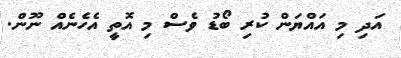
އަދި މި އައްޔަން ކުރި ބޯޑު ވެސް މި އޮތީ އެހެެނެއް ނޫން.